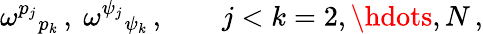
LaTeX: \omega^{p_{j}}{}_{p_{k}}\, ,~\omega^{\psi_{j}}{}_{\psi_{k}}\, ,\qquad j<k=2,\hdots,N\, ,